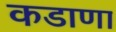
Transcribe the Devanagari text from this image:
कडाणा